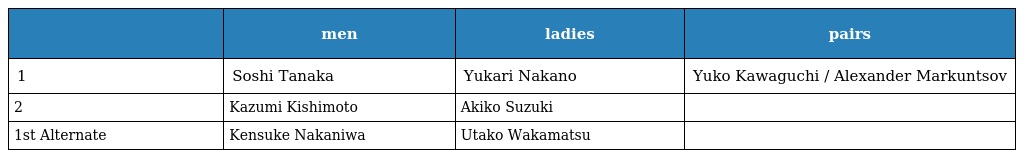
|  | men | ladies | pairs |
 | --- | --- | --- | --- |
 | 1 | Soshi Tanaka | Yukari Nakano | Yuko Kawaguchi / Alexander Markuntsov |
 | 2 | Kazumi Kishimoto | Akiko Suzuki |  |
 | 1st Alternate | Kensuke Nakaniwa | Utako Wakamatsu |  |